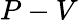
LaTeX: P-V